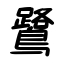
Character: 鷺